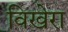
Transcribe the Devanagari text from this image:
विखेरा